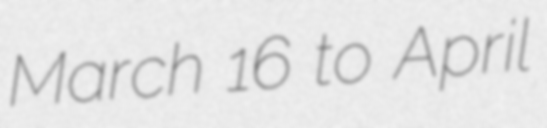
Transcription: March 16 to April